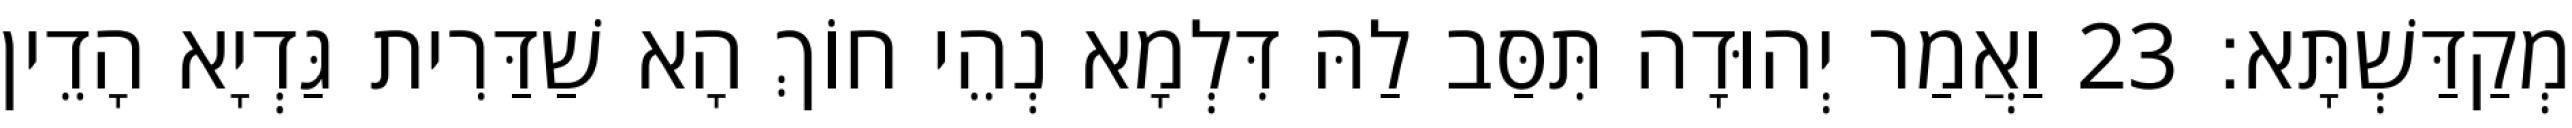
מְקַדַּשְׁתָּא׃ 23 וַאֲמַר יְהוּדָה תִּסַּב לַהּ דִּלְמָא נְהֵי חוֹךְ הָא שַׁדַּרִית גַּדְיָא הָדֵין